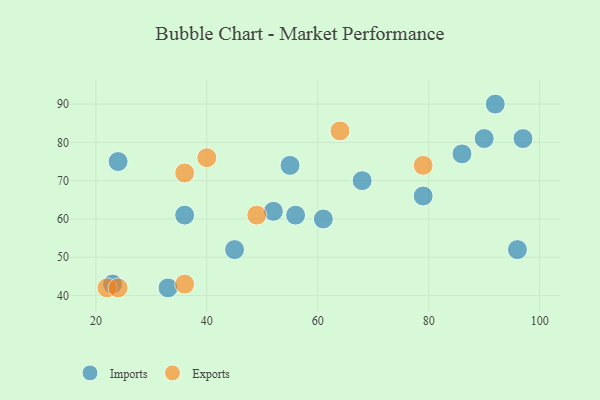
{"axis": {"x": "GDP", "y": "Life Expectancy"}, "legend": ["Exports", "Imports"], "data": [{"x": "61", "y": 60, "type": "Imports"}, {"x": "92", "y": 90, "type": "Imports"}, {"x": "97", "y": 81, "type": "Imports"}, {"x": "68", "y": 70, "type": "Imports"}, {"x": "23", "y": 43, "type": "Imports"}, {"x": "36", "y": 61, "type": "Imports"}, {"x": "52", "y": 62, "type": "Imports"}, {"x": "79", "y": 66, "type": "Imports"}, {"x": "33", "y": 42, "type": "Imports"}, {"x": "96", "y": 52, "type": "Imports"}, {"x": "56", "y": 61, "type": "Imports"}, {"x": "55", "y": 74, "type": "Imports"}, {"x": "90", "y": 81, "type": "Imports"}, {"x": "24", "y": 75, "type": "Imports"}, {"x": "86", "y": 77, "type": "Imports"}, {"x": "45", "y": 52, "type": "Imports"}, {"x": "36", "y": 72, "type": "Exports"}, {"x": "22", "y": 42, "type": "Exports"}, {"x": "40", "y": 76, "type": "Exports"}, {"x": "79", "y": 74, "type": "Exports"}, {"x": "36", "y": 43, "type": "Exports"}, {"x": "24", "y": 42, "type": "Exports"}, {"x": "49", "y": 61, "type": "Exports"}, {"x": "64", "y": 83, "type": "Exports"}]}